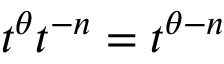
t ^ { \theta } t ^ { - n } = t ^ { \theta - n }